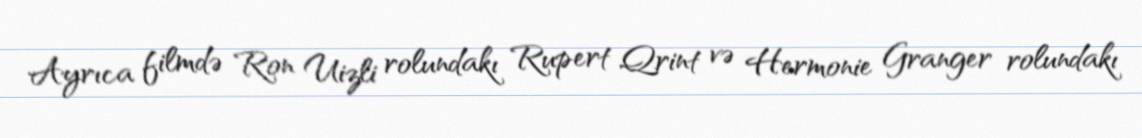
Ayrıca filmdə Ron Uizli rolundakı Rupert Qrint və Hermonie Granger rolundakı